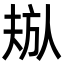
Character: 𬀁